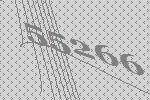
55266